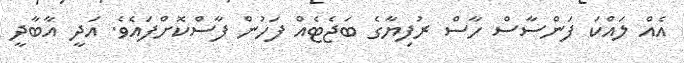
އެއް ލައްކަ ފަންސާސް ހާސް ރުފިޔާގެ ބަޖެޓެއް ފަހުން ފާސްކޮށްފައެވެ. އަދީ އާބާދީ